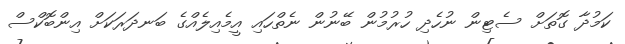
ކަމުދާ ގޮތަށް ސެޓިން ނުހެދި ހުރުމުން ބޭނުން ނެތްހައި އީމެއިލެއްގެ ބަނދަރަކަށް އިންބޮކްސް